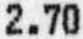
2.70